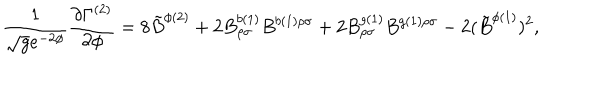
\frac { 1 } { \sqrt { g } e ^ { - 2 \phi } } \frac { \partial \Gamma ^ { ( 2 ) } } { \partial \phi } = 8 { \tilde { B } } ^ { \phi ( 2 ) } + 2 B _ { \rho \sigma } ^ { b ( 1 ) } B ^ { b ( 1 ) \rho \sigma } + 2 B _ { \rho \sigma } ^ { g ( 1 ) } B ^ { g ( 1 ) \rho \sigma } - 2 ( { \tilde { B } } ^ { \phi ( 1 ) } ) ^ { 2 } ,